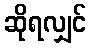
ဆိုရလျှင်